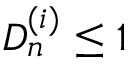
D _ { n } ^ { ( i ) } \leq 1